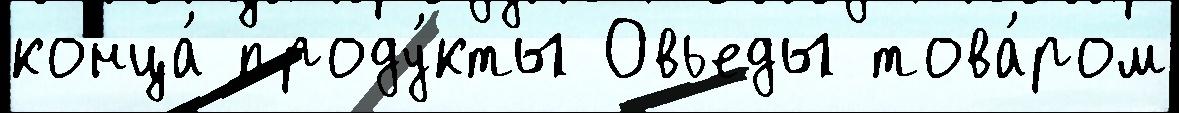
конца́ проду́кты Овьеды това́ром